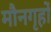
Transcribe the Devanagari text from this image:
मौनगृहों